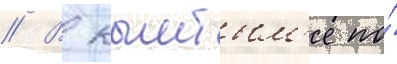
// В кыштым'е по́